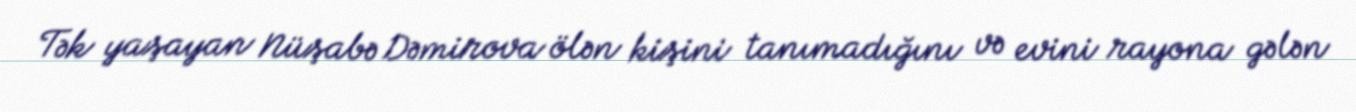
Tək yaşayan Nüşabə Dəmirova ölən kişini tanımadığını və evini rayona gələn